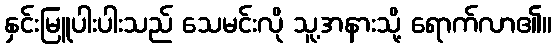
နှင်းမြူပါးပါးသည် သေမင်းလို သူ့အနားသို့ ရောက်လာ၏။